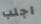
اجلب